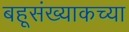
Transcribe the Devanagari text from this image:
बहूसंख्याकच्या